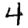
Digit: 4